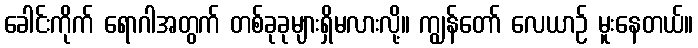
ခေါင်းကိုက် ရောဂါအတွက် တစ်ခုခုများရှိမလားလို့။ ကျွန်တော် လေယာဉ် မူးနေတယ်။